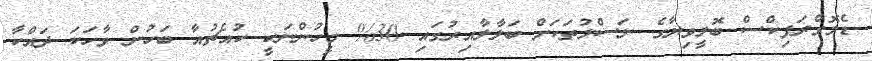
ޑެމޮގްރަފިކްސް ބޮލީވިޔާގެ ނަސްލުތަކަށް ބަލާލާއިރުގައި 30% މީހުންނަކީ ކުއެޗުއާ ބަހުން ވާހަކަ ދައްކާ